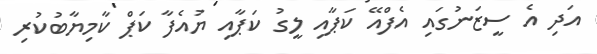
އަދި އެ ސީޒަނުގައި އެފްއޭ ކަޕާއި ލީގު ކަޕާއި ޔުއެފާ ކަޕް ކާމިޔާބުކުރި